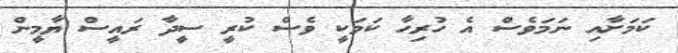
ކަމަށާއި ނަމަވެސް އެ ހުރިހާ ކަމަކީ ވެސް ކުރީ ސީދާ ރައީސް ޔާމީން